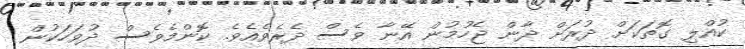
ކުއްލި ގޮތަކަށް ދުރަށް ދާން ޖެހުމުން އޭނާ ވެސް ދެރެވެއެވެ. ކޮންމެވެސް ދުވަހަކުން